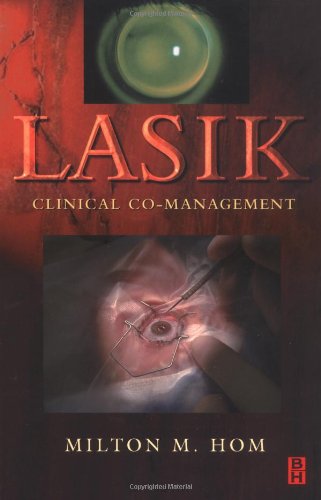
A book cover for Lasik: Clinical Co-Management, 1e; Milton M. Hom OD  FAAO; Medical Books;